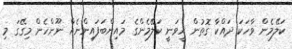
ކަލޭމެން ވާހަކަ ދައްކާ ގޮތުން ހީވަނީ ކަލޭމެންގެ މައިންބަފައިންނެއް ނޫންހެން މިގޭގަ މި